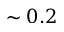
\sim 0 . 2